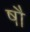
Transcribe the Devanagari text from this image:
षौ